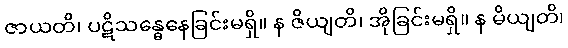
ဇာယတိ၊ ပဋိသန္ဓေနေခြင်းမရှိ။ န ဇိယျတိ၊ အိုခြင်းမရှိ။ န မိယျတိ၊